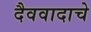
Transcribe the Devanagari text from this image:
दैववादाचे